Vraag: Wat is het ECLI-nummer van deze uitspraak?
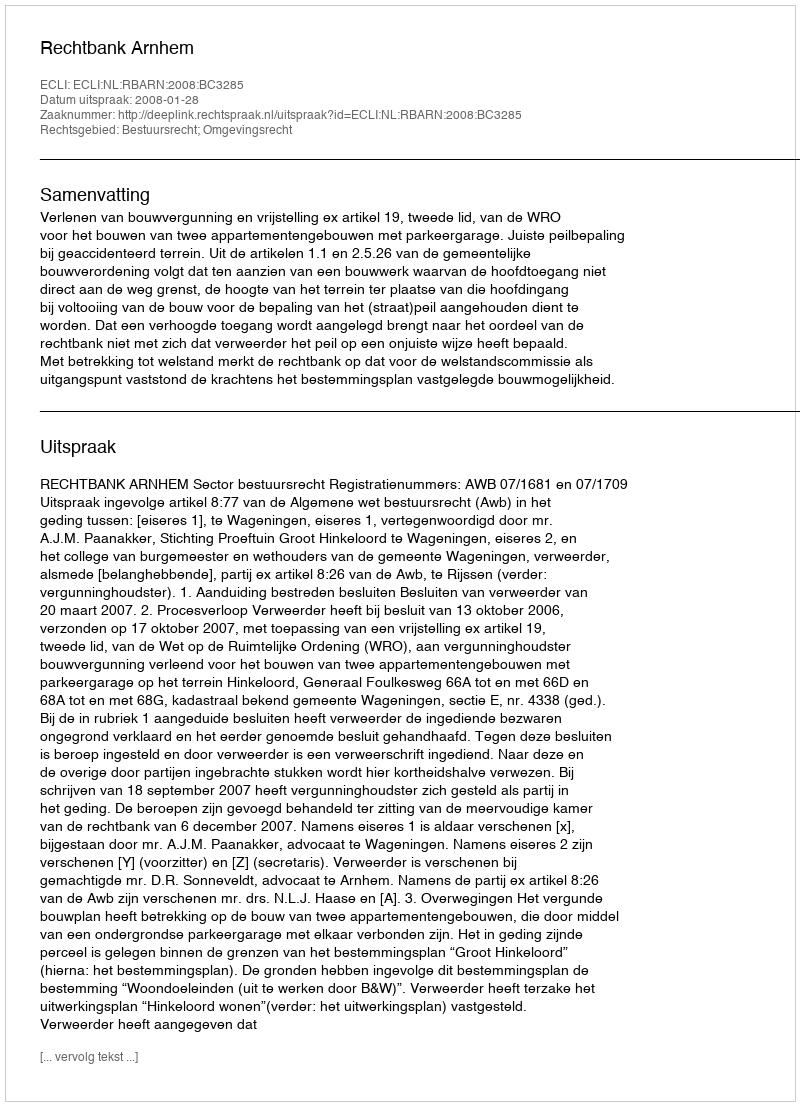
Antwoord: ECLI:NL:RBARN:2008:BC3285